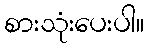
စားသုံးပေးပါ။